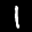
Label: 1